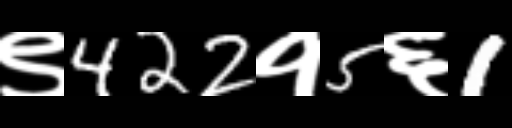
Text: ९422१5६1